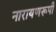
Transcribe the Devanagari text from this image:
नारायणरूपी